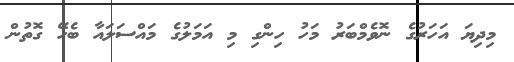
މިދިޔަ އަހަރުގެ ނޮވެމްބަރު މަހު ހިންގި މި އަމަލުގެ މައްސަަލައާ ބެހޭ ގޮތުން